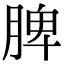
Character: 脾